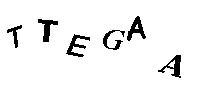
TTEGAA